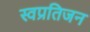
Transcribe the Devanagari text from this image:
स्वप्रतिजन